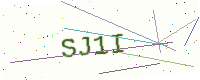
Text: SJ1I